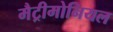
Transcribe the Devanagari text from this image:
मैट्रीमोनियल